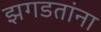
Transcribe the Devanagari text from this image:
झगडतांना